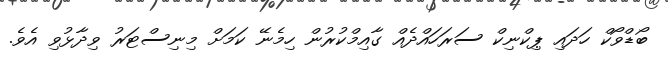
ބޯޑްވޯކް ހަދައި ޕިކްނިކް ސަރަހައްދެއް ގާއިމްކުރުން ހިމެނޭ ކަމަށް މިނިސްޓަރު ވިދާޅުވި އެވެ.